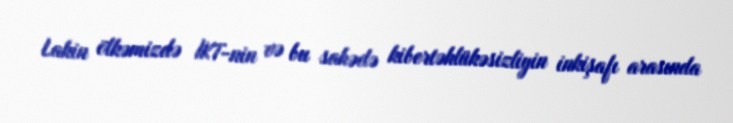
Lakin ölkəmizdə İKT-nin və bu sahədə kibertəhlükəsizliyin inkişafı arasında